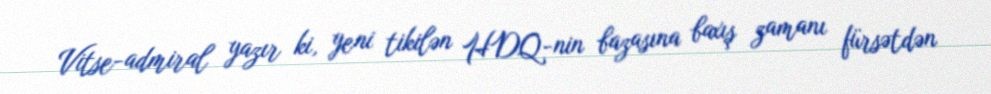
Vitse-admiral yazır ki, yeni tikilən HDQ-nin bazasına baxış zamanı fürsətdən